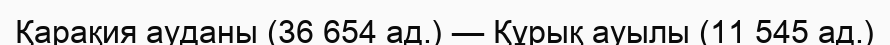
Қарақия ауданы (36 654 ад.) — Құрық ауылы (11 545 ад.)